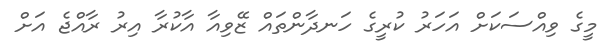
މީގެ ވިއްސަކަށް އަހަރު ކުރީގެ ހަނދާންތައް ޒޭވިއާ އާކުރާ އިރު ރާއްޖެ އަށް